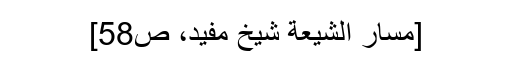
[مسار الشيعة شیخ مفید، ص58]